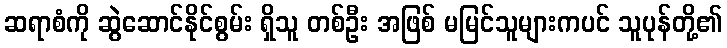
ဆရာစံကို ဆွဲဆောင်နိုင်စွမ်း ရှိသူ တစ်ဦး အဖြစ် မမြင်သူများကပင် သူပုန်တို့၏